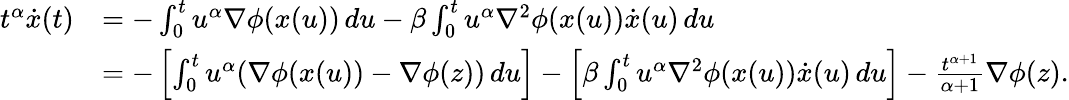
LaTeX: \begin{array}{rl}{t^{\alpha}\dot{x}(t)}&{=-\int_{0}^{t}u^{\alpha}\nabla\phi(x(u))\, du-\beta\int_{0}^{t}u^{\alpha}\nabla^{2}\phi(x(u))\dot{x}(u)\, du}\\ &{=-\left[\int_{0}^{t}u^{\alpha}(\nabla\phi(x(u))-\nabla\phi(z))\, du\right]-\left[\beta\int_{0}^{t}u^{\alpha}\nabla^{2}\phi(x(u))\dot{x}(u)\, du\right]-\frac{t^{\alpha+1}}{\alpha+1}\nabla\phi(z).}\end{array}